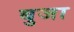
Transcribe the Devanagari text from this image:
बुजा